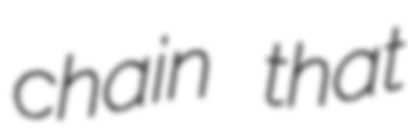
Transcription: chain that